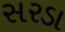
સરડા